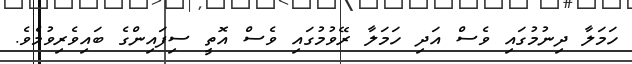
ހަމަލާ ދިނުމުގައި ވެސް އަދި ހަމަލާ ރޭވުމުގައި ވެސް އޮތީ ސިފައިންގެ ބައިވެރިވުމެވެ.